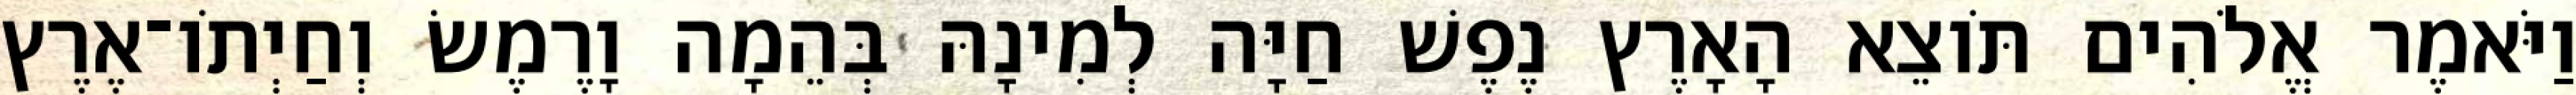
וַיֹּאמֶר אֱלֹהִים תֹּוצֵא הָאָרֶץ נֶפֶשׁ חַיָּה לְמִינָהּ בְּהֵמָה וָרֶמֶשׂ וְחַיְתֹו־אֶרֶץ